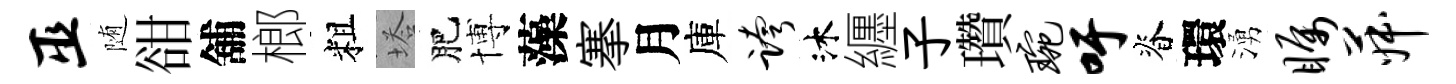
巫随𧮳舖榔粗塔肥博藻搴月庫跨沐纒子瓚琬吁脊環湧瞩菽